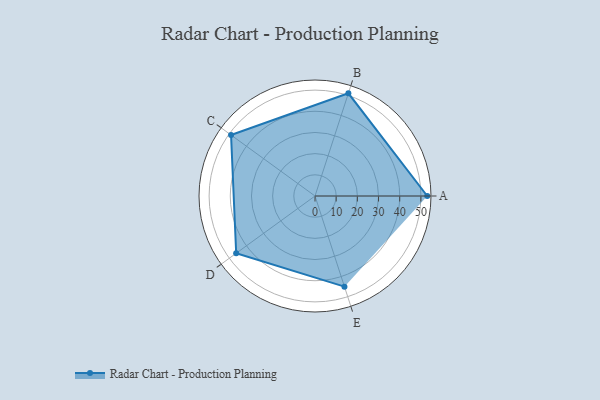
{"axis": {"x": "Skill", "y": "Score"}, "legend": ["Profile"], "data": [{"x": "A", "y": 53.0, "type": "Profile"}, {"x": "B", "y": 51.0, "type": "Profile"}, {"x": "C", "y": 49.0, "type": "Profile"}, {"x": "D", "y": 46.0, "type": "Profile"}, {"x": "E", "y": 45.0, "type": "Profile"}]}